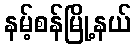
နမ့်စန်မြို့နယ်